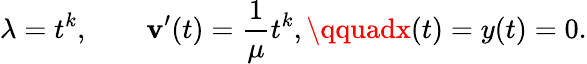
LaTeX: \lambda=t^{k},\qquad\mathbf{v}^{\prime}(t)={\frac{{1}}{{\mu}}}t^{k},\qquadx(t)=y(t)=0.